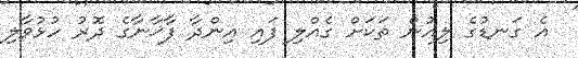
އެ ގަނޑުގެ ލިއުން ތަކަށް ގެއްލި ފައި އިންދާ ފާޚާނާގެ ދޮރު ހުޅުވާލި